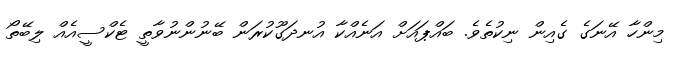
މިންހާ އޭނަގެ ގެއިން ނިކުތެވެ. ބައްޕައަށް އަނެއްކާ އުނދަގޫކުރަން ބޭނުންނުވާތީ ޓެކްސީއެއް ލިބޭތޯ